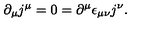
\partial _ { \mu } j ^ { \mu } = 0 = \partial ^ { \mu } \epsilon _ { \mu \nu } j ^ { \nu } .